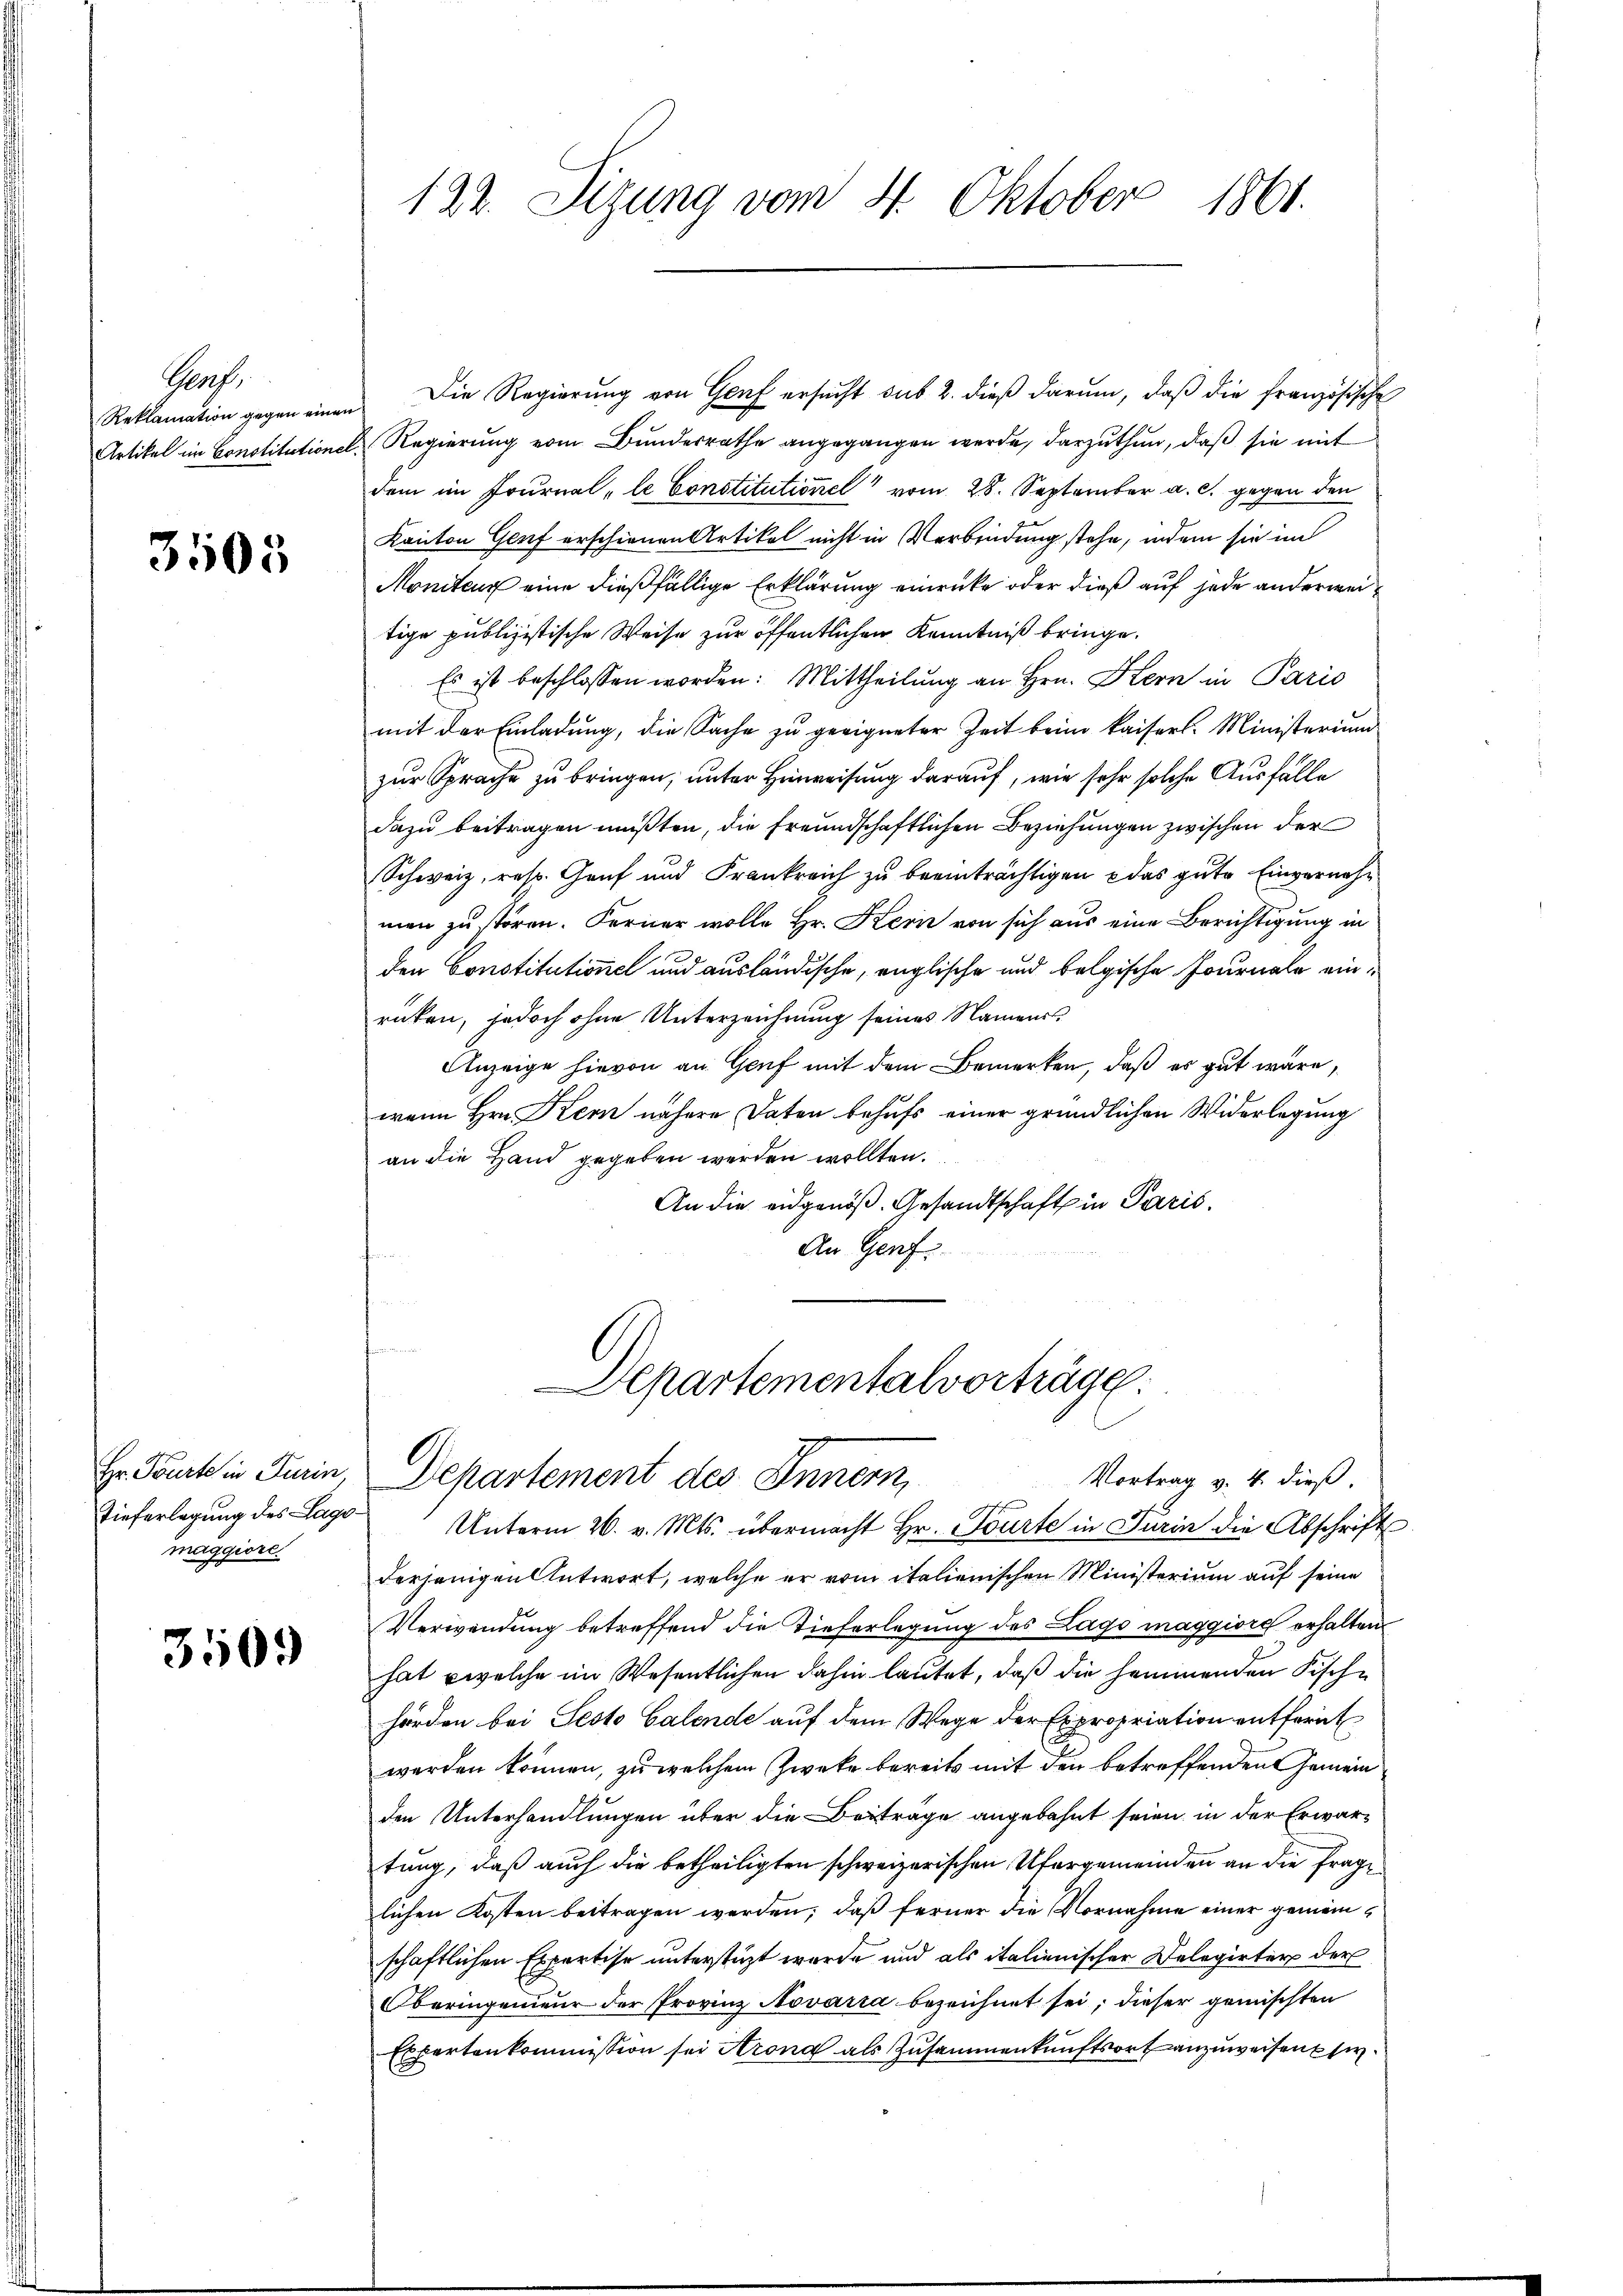
Grof
Reklamation gegen einen
Artikel im Constitutione

3505

Hr. Tourte in Turin
Tieferlegung des Lagomaggiore

3509

Die Regierung von Genf ersŭcht sub 2. dieß darum, daβ die französische
D. Regierung vom Bundesrathe angegangen werde, darzuthun, daß sie mit
dem im Journal - le Constitutionel" vom 28. September a. c. gegen den
Kanton Genf erschienen Artikel nicht in Verbindung stehe, indem sie im
Moniteur eine dießfällige Erklärung einrücke oder dieß auf jede anderweitige publizistische Weise zur öffentlichen Kenntniß bringe.
Es ist beschlossen worden: Mittheilung an Hrn. Stern in Paris
mit der Einladŭng, die Sache zŭ geeigneter Zeit beim kaisers. Ministerium
zur Sprache zu bringen, unter Hinweisung darauf, wie sehr solche Ausfälle
dazu beitragen müßten, die freundschaftlichen Beziehungen zwischen der
Schweiz, resp. Graf und Frankreich zu beeinträchtigen & das gute Einvernehmen zu stören. Ferner wolle Hr. Kern von sich aus eine Berichtigung in
den Constitutione und ausländische, englische und belgische Journale einrüten, jedoch ohne Unterzeichnung seines Namens¬
Anzeige hievon an Genf mit dem Bemerken, daß es gut wäre,
wann Hrn. Kern nähere Daten behufs einer gründlichen Widerlegung
an die Hand gegeben werden wollten.
An die eidgenöß. Gesandtschaft in Paris.
An Genf

1861.
122. Sizung vom 4. Oktober

Departementalvorträge
Departement des Innern,

Vortrag v. 4. dieß.
f
Unterm 26. v. Mts. übermacht Hr. Tourte in Turin die Abschrift
derjenigen Antwort, welche er vom italienischen Ministerium auf seine
Verwendung betreffend die Tieferlegung des Lago maggiore erhalten
hat welche im Wesentlichen dahin lautet, daß die hemmenden Fische
hörden bei Sesto Galende auf dem Wege der Expropriation entfernt
werden können, zu welchem Zweke bereits mit den betreffenden Gemein
den Unterhandlungen über die Beitrage angebahnt seien in der Erwartung, daß auch die betheiligten schweizerischen Ufergemeinden an die fraglichen Kosten beitragen werden; daß ferner die Vornahme einer gemeinschaftlichen Expertise unterstüzt wurde und als italienischer Delegirter der
Oberingenieur der Provinz Novaria bezeichnet sei; dieser gemischten
Exportenkommission sei Arona als Zusammenkunftsort anzuweisen si